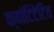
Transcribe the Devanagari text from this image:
क्वांटिटेटिव